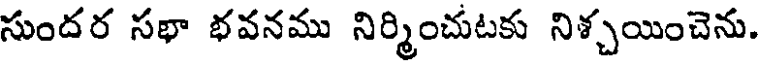
సుందర సభా భవనము నిర్మించుటకు నిశ్చయించెను.